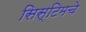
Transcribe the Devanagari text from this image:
सिस्टिमचे